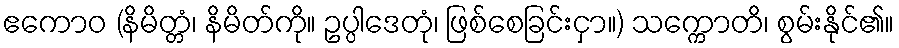
ဧကောဝ (နိမိတ္တံ၊ နိမိတ်ကို။ ဥပ္ပါဒေတုံ၊ ဖြစ်စေခြင်းငှာ။) သက္ကောတိ၊ စွမ်းနိုင်၏။